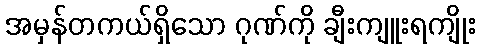
အမှန်တကယ်ရှိသော ဂုဏ်ကို ချီးကျူးရကျိုး